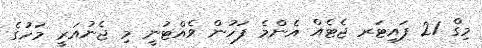
މިގް 21 ފައިޓަރ ޖެޓެއް އެންމެ ފަހުން ވެއްޓުނީ މި ޖެނުއަރީ މަހުގެ